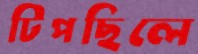
টিপছিলে